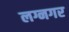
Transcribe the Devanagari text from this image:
लग्नगर